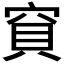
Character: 𥦎